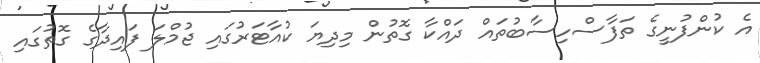
އެ ކުންފުނީގެ ތަފާސްހިސާބުތައް ދައްކާ ގޮތުން މިދިޔަ ކުއާޓަރުގައި ޖުމްލަ ފައިދާގެ ގޮތުގައި